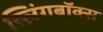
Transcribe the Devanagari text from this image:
स्लिंगबॉक्स